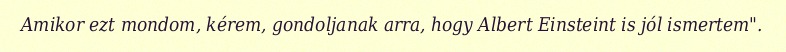
Amikor ezt mondom, kérem, gondoljanak arra, hogy Albert Einsteint is jól ismertem".